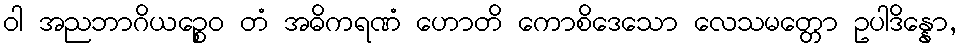
ဝါ အညဘာဂိယဉ္စေဝ တံ အဓိကရဏံ ဟောတိ ကောစိဒေသော လေသမတ္တော ဥပါဒိန္နော,